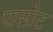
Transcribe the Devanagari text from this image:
पालोट